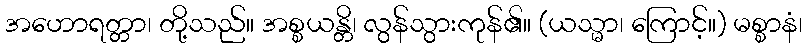
အဟောရတ္တာ၊ တို့သည်။ အစ္စယန္တိ၊ လွန်သွားကုန်၏။ (ယသ္မာ၊ ကြောင့်။) မစ္စာနံ၊